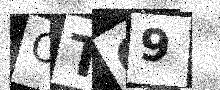
Text: OTQ9